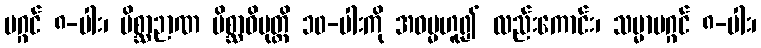
မဂ္ဂင် ၈-ပါး၊ မိစ္ဆာဉာဏ မိစ္ဆာဝိမုတ္တိ ၁၀-ပါးကို အဓမ္မဟူ၍ လည်းကောင်း၊ သမ္မာမဂ္ဂင် ၈-ပါး၊